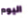
اليوم